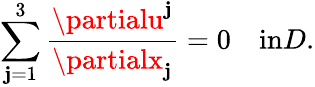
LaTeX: \sum_{\mathbf{j}=1}^{3}\frac{{\partialu^{\mathbf{j}}}}{{\partialx_{\mathbf{j}}}}=0\quad\textrm{{in}}D.